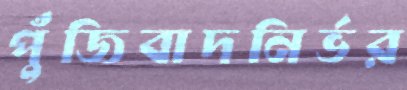
পুঁজিবাদনির্ভর